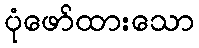
ပုံဖော်ထားသော